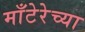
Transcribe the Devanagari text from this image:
माँटेरेच्या